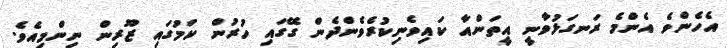
އެހެންވެ އެންމެ ރަނގަޅުވާނީ އީތަންއާ ކައިވެނިކުރެވެންދެން ގޭގައި ހުރުން ކަމުގައި ޒޫރިން ނިންމިއެވެ.